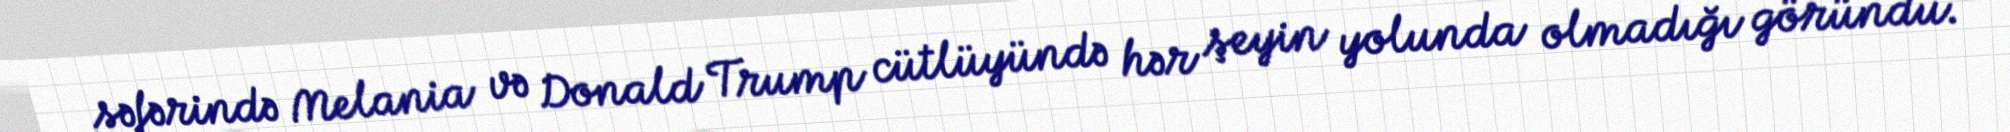
səfərində Melania və Donald Trump cütlüyündə hər şeyin yolunda olmadığı göründü.